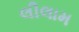
લીલામ